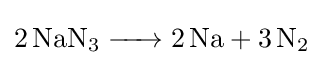
{\ce {2 NaN3 -> 2 Na + 3 N2}}